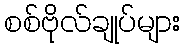
စစ်ဗိုလ်ချုပ်များ